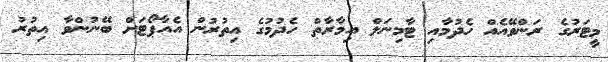
މީޓަރުގެ ރަންވޭއެއް ހެދުމާއި ޓާމިނަލް އިމާރާތް ހެދުމުގެ އިތުރުން އެއާޕޯޓަށް ބޭނުންވާ އިތުރު